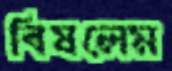
বিষলেম